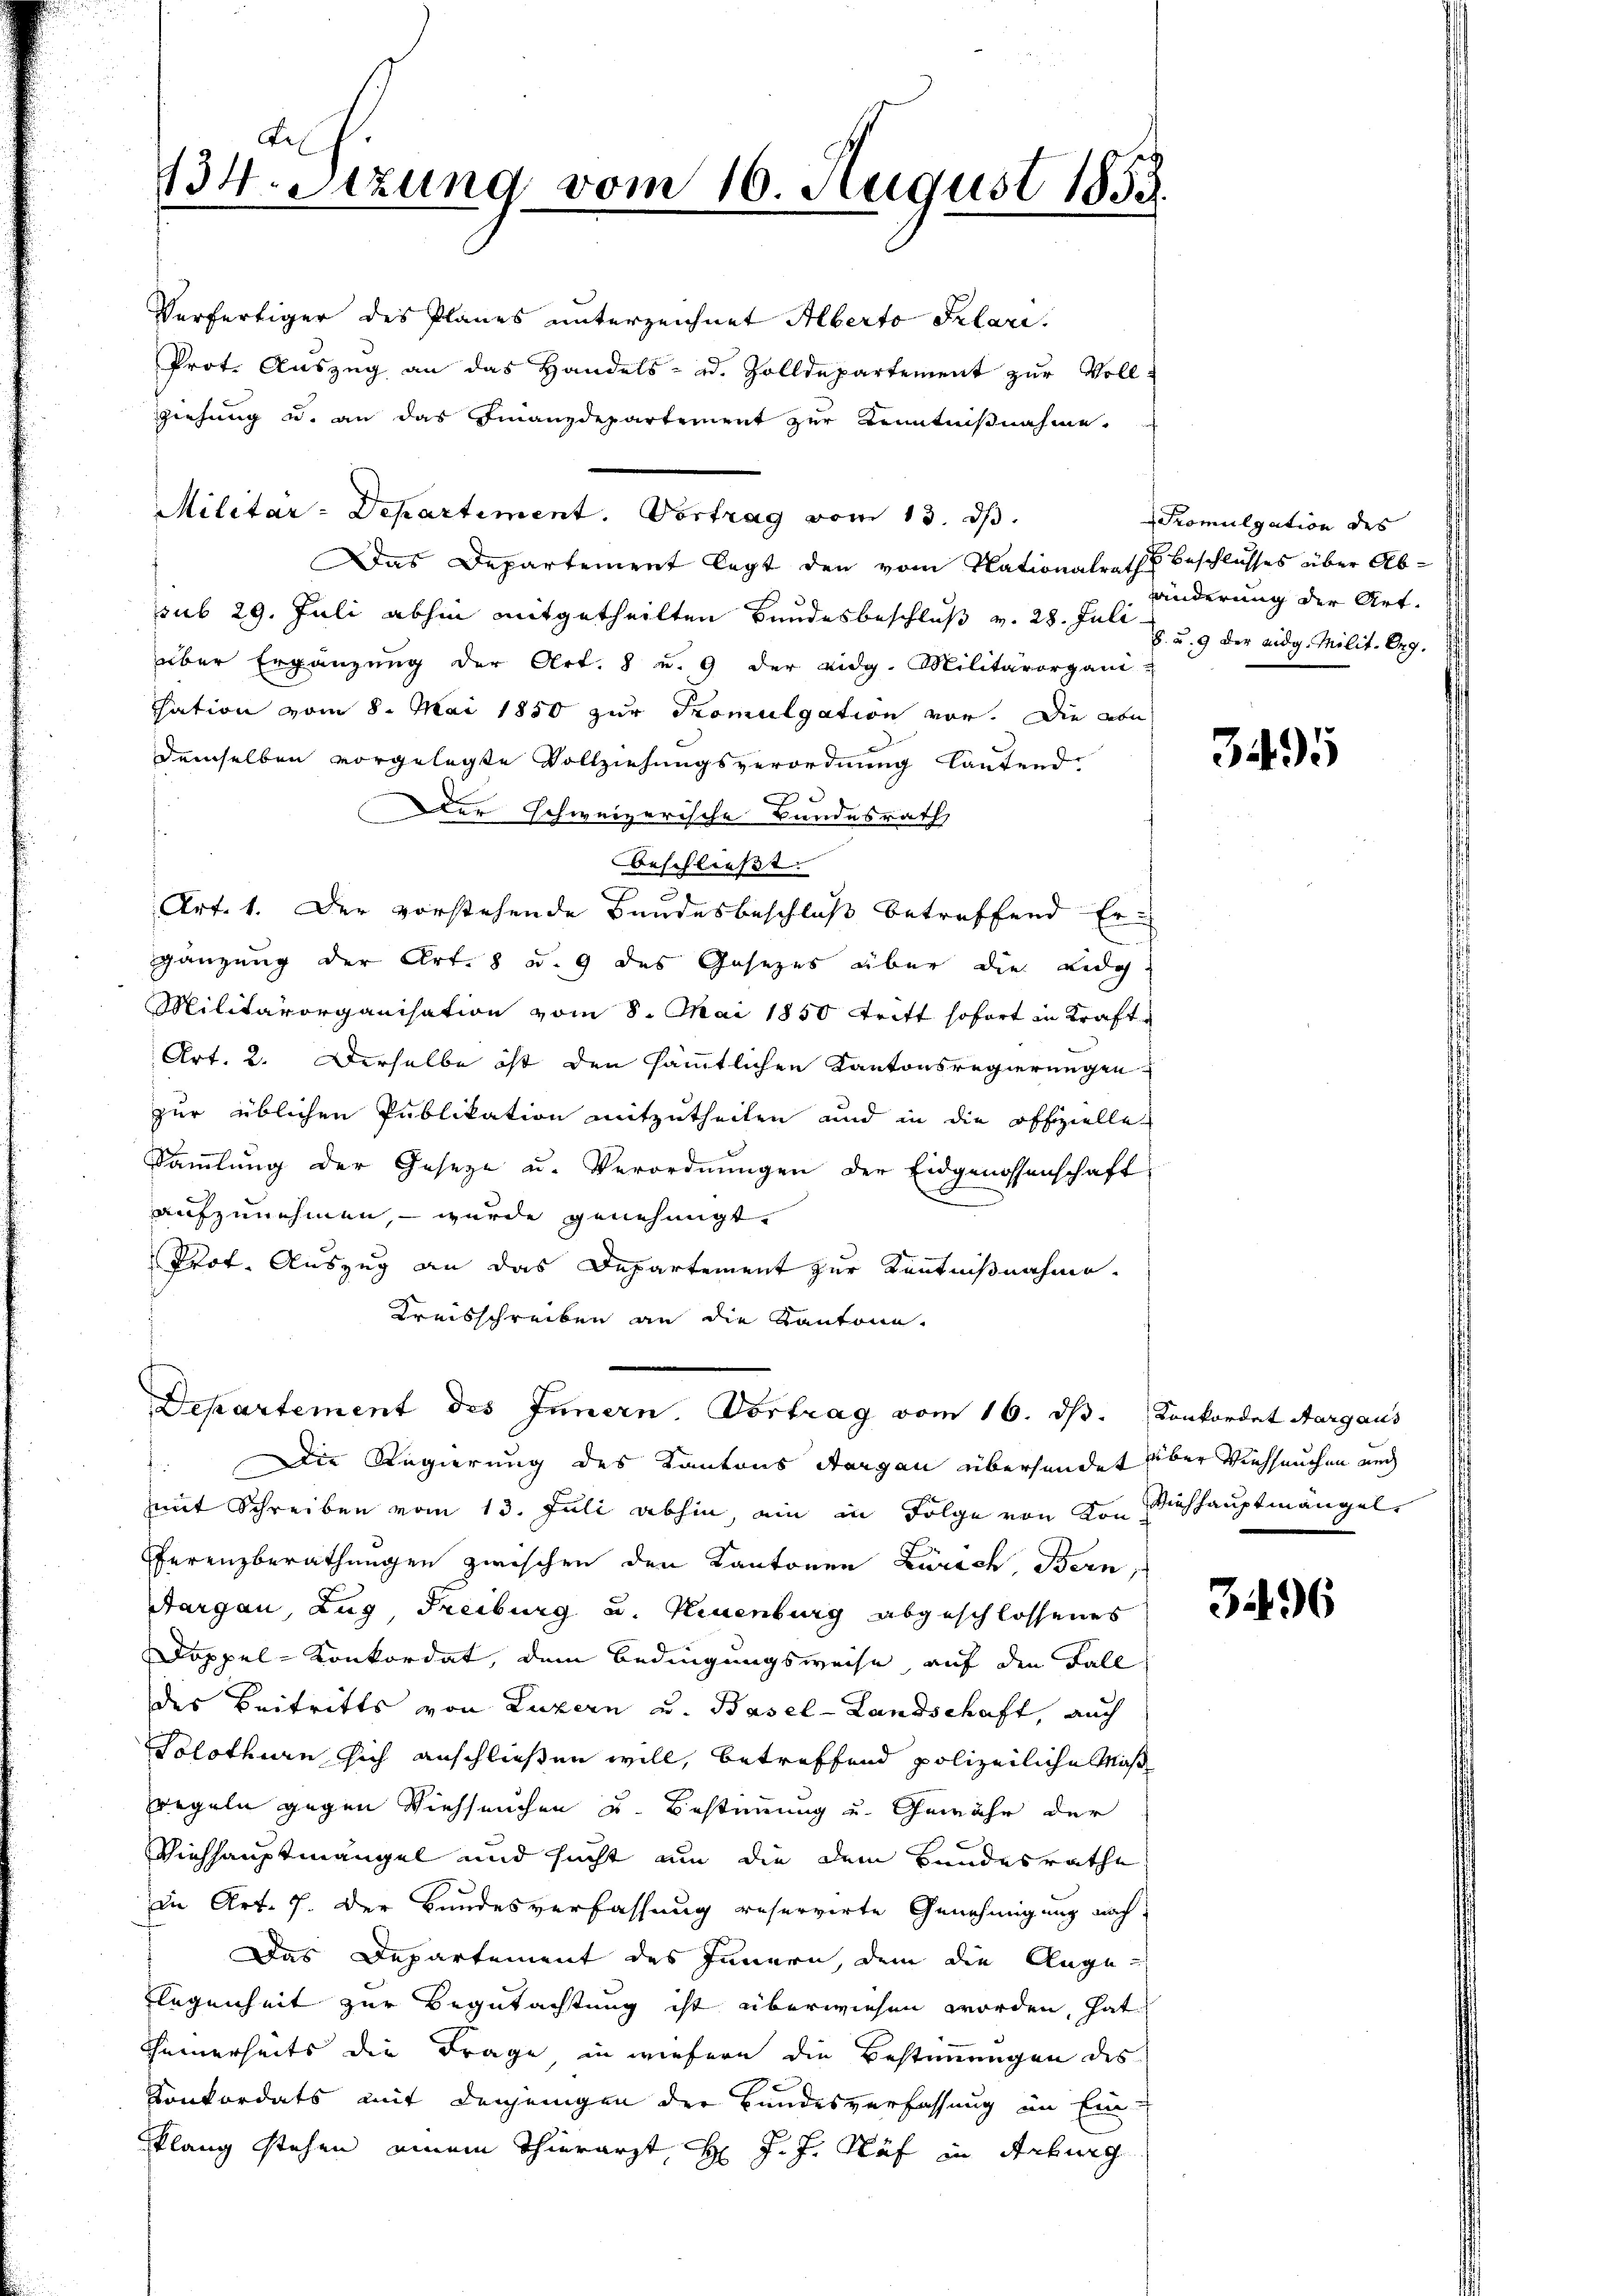
Fe
134. Sitzung vom 16. August 1858.

Verfertiger des Planes unterzeichnet Alberto Salare.
Prot. Auszug an das Handels- od. Zolldepartement zur Voll-
ziehung u. an das Finanzdepartement zur Kenntnißnahme.
Das Departement legt den vom Nationalrath Beschlusses über Absub 29. Juli abhin mitgetheilten Bundesbeschluß v. 28. Juli
über Ergänzung der Art. 8 u. 9 der eidg. Militärorgani-
Tation vom 8. Mai 1850 zur Promulgation vor. Die abe
demselben vorgelegte Vollziehungsverordnung lautend
C
Der schweizerische Bundesrath
beschließt.
Art. 1. Der vorstehende Bandesbeschluß betreffend Ergänzung der Art. 8 u. 9 des Gesezes über die Bedi
Militärorganisation vom 8. Mai 1850 tritt sofort in Kraft¬
Art. 2. Derselbe ist den sämmtlichen Kantonsregierungen
zur üblichen Publikation mitzutheilen und in die offizielle
Sammlung der Geseze u. Verordnungen der Eidgenossenschaft
aufzunehmen, – wurde genehmigt.
Prot. Auszug an das Departement zur Kenntnißnahme.
Kreisschreiben an die Kantone,

Die Regierung des Kantons Aargau übersendet über Viehseuchen auch
mit Schreiben vom 13. Juli abhin, ein in Folge von von Viehhauptmängel
ferenzberathungen zwischen den Kantonen Zürich, Bern,
Aargau, Zug, Freiburg u. Neuenburg abgeschlossenes
Doppel-Konkordat, dem Bedingungsweise, auf den Fall
des Beitritts von Luzern u. Basel-Landschaft, auch
Solothurn sich anschließen will, betreffend polizeiliche Maße
regeln gegen Viehseuchen u. Bestimmung und Gewähe der
Viehhauptmangel und sucht um die dem Bundesrathe
in Art. 7. Der Bundesverfassung reservirte Genehmigung nach
Das Departement des Innern, dem die Ange¬
Flegenheit zur Begutachtung ist überwiesen worden, hat
Cheinerseits die Frage in wiefern die Bestimmungen des
Konkordats mit denjenigen der Bundesverfassung im Einklang stehen einem Thierarzt H. J. J. Näf in Arburg

Militar-Departiment. Vortrag vom 13. ds.

Departement des Innern Vortrag vom 16. ds. Konkordat Aargaus

Promulgation des
änderung der Art.
8. u. 9 der eidg. Milit. Org.

3495

3496